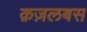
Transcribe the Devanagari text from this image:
क़ज़लबस